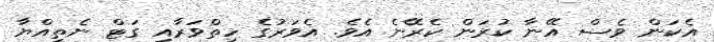
އެކަން ވެސް އޭނާ ކުރަން ކެރޭނެ އެވެ. އެވަރުގެ ހިތްވަރާއި ގަޓް ނެތިއްޔާ